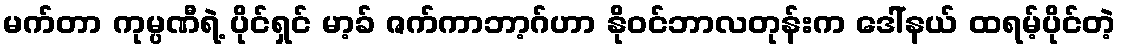
မက်တာ ကုမ္ပဏီရဲ့ ပိုင်ရှင် မာ့ခ် ဇက်ကာဘာ့ဂ်ဟာ နိုဝင်ဘာလတုန်းက ဒေါ်နယ် ထရမ့်ပိုင်တဲ့